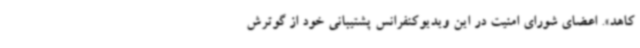
کاهد». اعضای شورای امنیت در این ویدیوکنفرانس پشتیبانی خود از گوترش